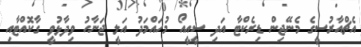
އެޗްއާރުސީގެ މެނޭޖިން ޑިރެކްޓާ އަދި ސީއީއޯ މުހައްމަދު އަލީ ޖަނާހު ވިދާޅުވީ ގާކޮއްޓާއި